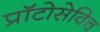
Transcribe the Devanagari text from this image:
प्राॅटोसेविच